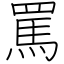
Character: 罵